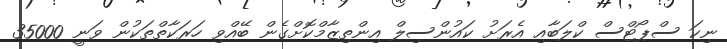
ނިކަ ސްޕޯޓްސް ކްލަބާއި އެރަށު ކައުންސިލް އިންތިޒާމްކޮށްގެން ބޭއްވި ހަރަކާތްތަކުން ވަނީ 35000